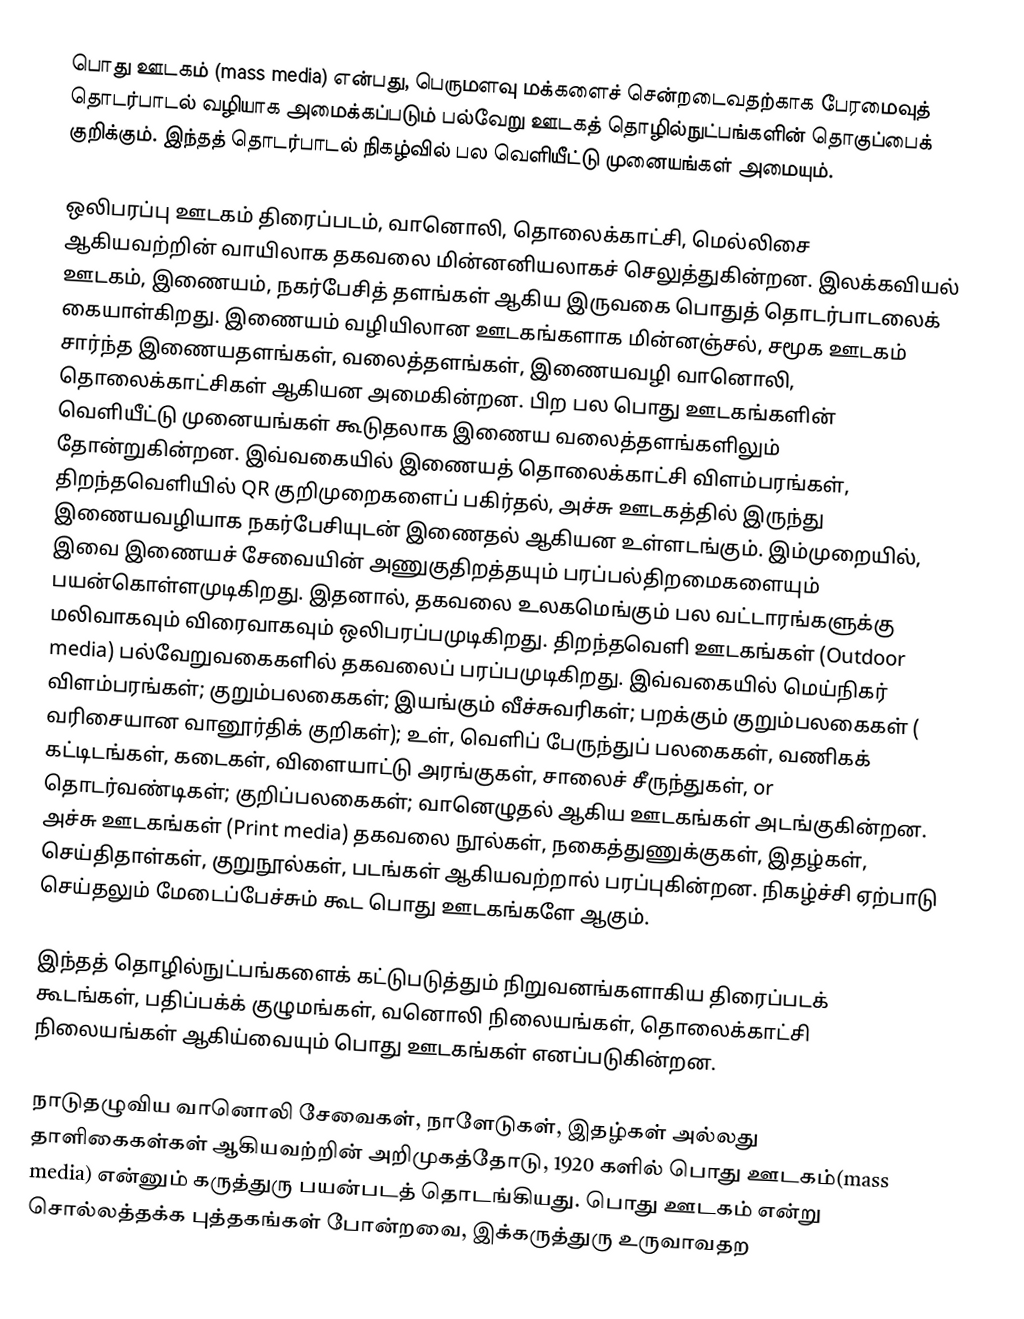
பொது ஊடகம் (mass media) என்பது, பெருமளவு மக்களைச் சென்றடைவதற்காக பேரமைவுத் தொடர்பாடல் வழியாக அமைக்கப்படும் பல்வேறு ஊடகத் தொழில்நுட்பங்களின் தொகுப்பைக் குறிக்கும். இந்தத் தொடர்பாடல் நிகழ்வில் பல வெளியீட்டு முனையங்கள் அமையும்.

ஒலிபரப்பு ஊடகம் திரைப்படம், வானொலி, தொலைக்காட்சி, மெல்லிசை ஆகியவற்றின் வாயிலாக தகவலை மின்னனியலாகச் செலுத்துகின்றன.  இலக்கவியல் ஊடகம்,  இணையம், நகர்பேசித் தளங்கள் ஆகிய இருவகை பொதுத் தொடர்பாடலைக் கையாள்கிறது. இணையம் வழியிலான ஊடகங்களாக மின்னஞ்சல், சமூக ஊடகம் சார்ந்த இணையதளங்கள், வலைத்தளங்கள், இணையவழி வானொலி, தொலைக்காட்சிகள் ஆகியன அமைகின்றன. பிற பல பொது ஊடகங்களின் வெளியீட்டு முனையங்கள் கூடுதலாக இணைய வலைத்தளங்களிலும் தோன்றுகின்றன. இவ்வகையில் இணையத் தொலைக்காட்சி விளம்பரங்கள், திறந்தவெளியில்  QR குறிமுறைகளைப் பகிர்தல், அச்சு ஊடகத்தில் இருந்து இணையவழியாக நகர்பேசியுடன் இணைதல் ஆகியன உள்ளடங்கும். இம்முறையில், இவை இணையச் சேவையின் அணுகுதிறத்தயும் பரப்பல்திறமைகளையும் பயன்கொள்ளமுடிகிறது. இதனால், தகவலை உலகமெங்கும் பல வட்டாரங்களுக்கு மலிவாகவும் விரைவாகவும் ஒலிபரப்பமுடிகிறது. திறந்தவெளி ஊடகங்கள் (Outdoor media)  பல்வேறுவகைகளில் தகவலைப் பரப்பமுடிகிறது. இவ்வகையில் மெய்நிகர் விளம்பரங்கள்; குறும்பலகைகள்; இயங்கும் வீச்சுவரிகள்; பறக்கும் குறும்பலகைகள் ( வரிசையான வானூர்திக் குறிகள்);   உள், வெளிப் பேருந்துப் பலகைகள், வணிகக் கட்டிடங்கள், கடைகள், விளையாட்டு அரங்குகள், சாலைச் சீருந்துகள், or தொடர்வண்டிகள்; குறிப்பலகைகள்;  வானெழுதல் ஆகிய ஊடகங்கள் அடங்குகின்றன.  அச்சு ஊடகங்கள் (Print media)  தகவலை நூல்கள், நகைத்துணுக்குகள், இதழ்கள், செய்திதாள்கள், குறுநூல்கள், படங்கள் ஆகியவற்றால் பரப்புகின்றன. நிகழ்ச்சி ஏற்பாடு செய்தலும் மேடைப்பேச்சும் கூட பொது ஊடகங்களே ஆகும்.

இந்தத் தொழில்நுட்பங்களைக் கட்டுபடுத்தும் நிறுவனங்களாகிய திரைப்படக் கூடங்கள், பதிப்பக்க் குழுமங்கள், வனொலி நிலையங்கள், தொலைக்காட்சி நிலையங்கள் ஆகிய்வையும் பொது ஊடகங்கள் எனப்படுகின்றன.

நாடுதழுவிய வானொலி சேவைகள், நாளேடுகள், இதழ்கள் அல்லது தாளிகைகள்கள் ஆகியவற்றின் அறிமுகத்தோடு, 1920 களில் பொது ஊடகம்(mass media) என்னும் கருத்துரு பயன்படத் தொடங்கியது. பொது ஊடகம் என்று சொல்லத்தக்க புத்தகங்கள் போன்றவை, இக்கருத்துரு உருவாவதற